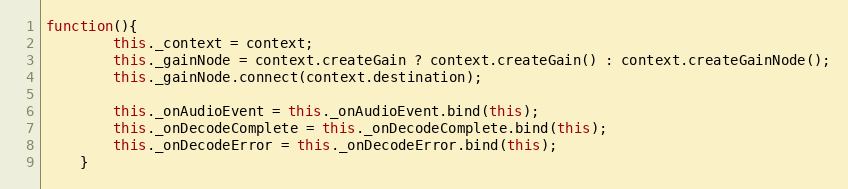
Language: JavaScript
function(){
        this._context = context;
        this._gainNode = context.createGain ? context.createGain() : context.createGainNode();
        this._gainNode.connect(context.destination);

        this._onAudioEvent = this._onAudioEvent.bind(this);
        this._onDecodeComplete = this._onDecodeComplete.bind(this);
        this._onDecodeError = this._onDecodeError.bind(this);
    }